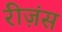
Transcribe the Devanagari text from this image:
रीज़ंस